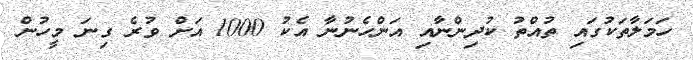
ހަމަލާތަކުގައި ތުއްތު ކުދިންނާއި އަންހެނުނާ އެކު 1000 އަށް ވުރެ ގިނަ މީހުން